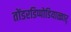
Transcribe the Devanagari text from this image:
तोंडरडिप्पोडियाळ्वार्